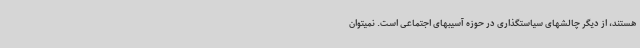
هستند، از دیگر چالشهای سیاستگذاری در حوزه آسیبهای اجتماعی است. نمیتوان